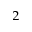
_ { 2 }